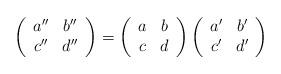
LaTeX: \begin{align*}\left(\begin{array}{cc}a''&b''\\c''&d''\end{array}\right)=\left(\begin{array}{cc}a&b\\c&d\end{array}\right)\left(\begin{array}{cc}a'&b'\\c'&d'\end{array}\right)\end{align*}